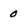
Character: 0